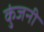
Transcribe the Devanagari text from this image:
कुंजनी